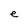
Character: e